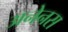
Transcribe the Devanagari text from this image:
अनेनस